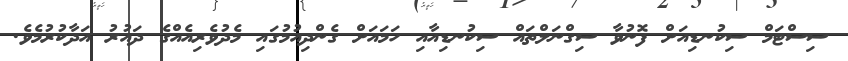
ސިސްޓަމް ސިކުނޑިއަށް ފޮނުވާ ސިގްނަލްތައް ސިކުނޑިއާއި ހަމައަށް ގެންދިއުމުގައި މެދުވެރިއެއްގެ ދައުރު އަދާކުރުމެވެ.